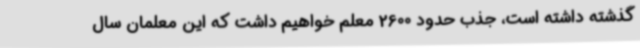
گذشته داشته است، جذب حدود 2600 معلم خواهیم داشت که این معلمان سال